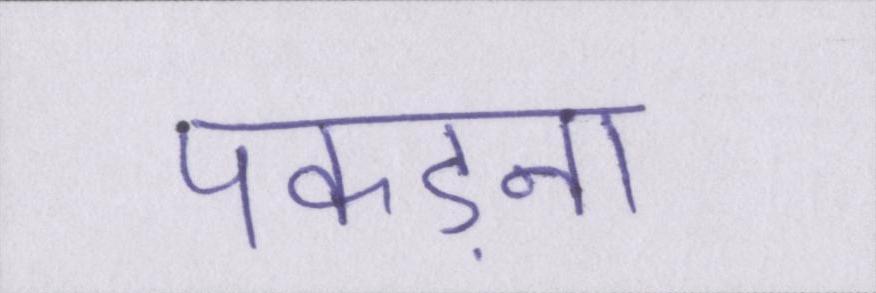
पकड़ना